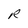
Character: R